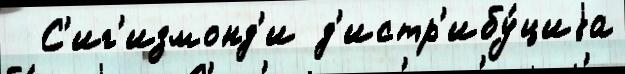
  С'иг'измонд'и д'истр'ибу́циjа